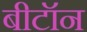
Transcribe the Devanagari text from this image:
बीटॉन